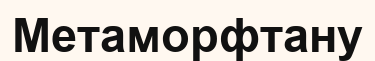
Метаморфтану